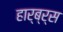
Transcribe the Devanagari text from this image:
हार्ब्र्स